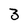
Character: 3